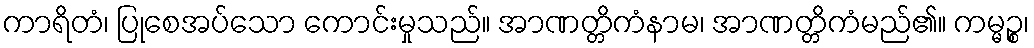
ကာရိတံ၊ ပြုစေအပ်သော ကောင်းမှုသည်။ အာဏတ္တိကံနာမ၊ အာဏတ္တိကံမည်၏။ ကမ္မဉ္စ၊